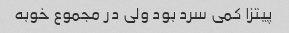
پیتزا کمی سرد بود ولی در مجموع خوبه